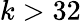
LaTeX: k>32